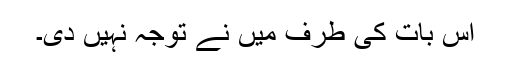
اس بات کی طرف میں نے توجہ نہیں دی۔